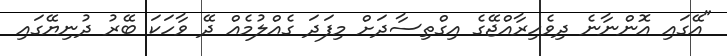
"އޭގައި އޮންނާނެ ދިވެހިރާއްޖޭގެ އިގްތިސާދަށް މިފަދަ ގެއްލުމެއް ދޭ ވާހަކަ ބޭރު ދުނިޔޭގައި